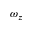
\omega _ { z }